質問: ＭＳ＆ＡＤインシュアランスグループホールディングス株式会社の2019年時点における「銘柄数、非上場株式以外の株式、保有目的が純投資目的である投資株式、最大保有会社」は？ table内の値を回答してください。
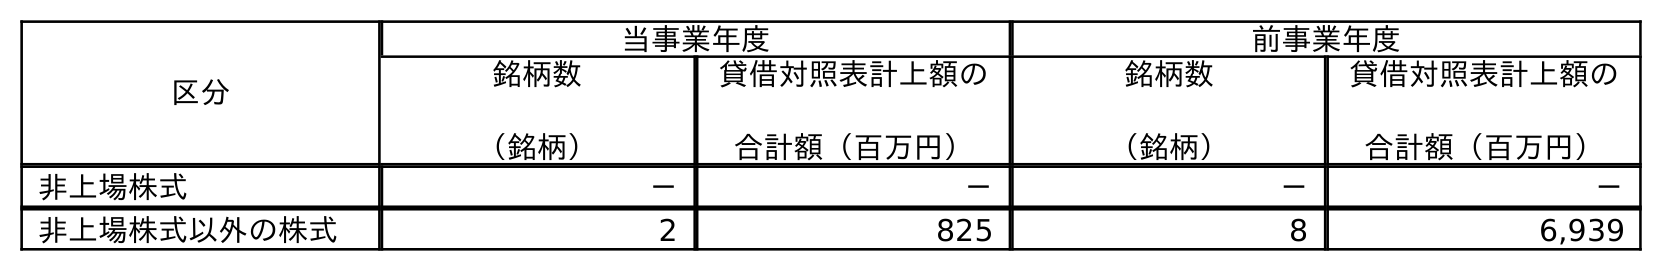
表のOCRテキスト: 区分 当事業年度 前事業年度 銘柄数 （銘柄） 貸借対照表計上額の 合計額（百万円） 銘柄数 （銘柄） 貸借対照表計上額の 合計額（百万円） 非上場株式 － － － － 非上場株式以外の株式 2 825 8 6,939
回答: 8